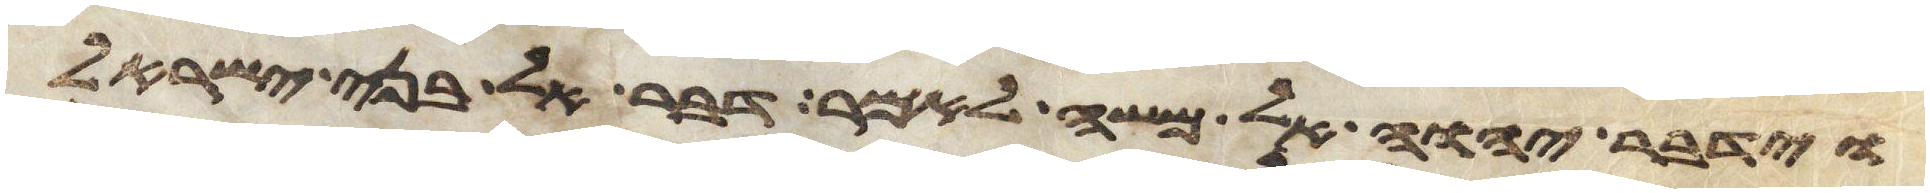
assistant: וידבר יהוה אל משה לאמר דבר אל בני ישראל